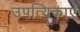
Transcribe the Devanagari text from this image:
उपत्यिकाएं